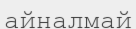
айналмай